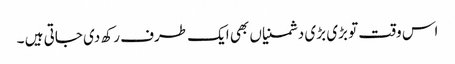
اس وقت تو بڑی بڑی دشمنیاں بھی ایک طرف رکھ دی جاتی ہیں ۔